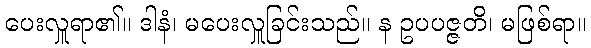
ပေးလှူရာ၏။ ဒါနံ၊ မပေးလှူခြင်းသည်။ န ဥပပဇ္ဇတိ၊ မဖြစ်ရာ။